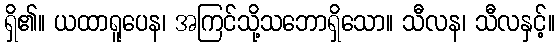
ရှိ၏။ ယထာရူပေန၊ အကြင်သို့သဘောရှိသော။ သီလန၊ သီလနှင့်။